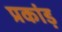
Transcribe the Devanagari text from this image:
प्रकांड़